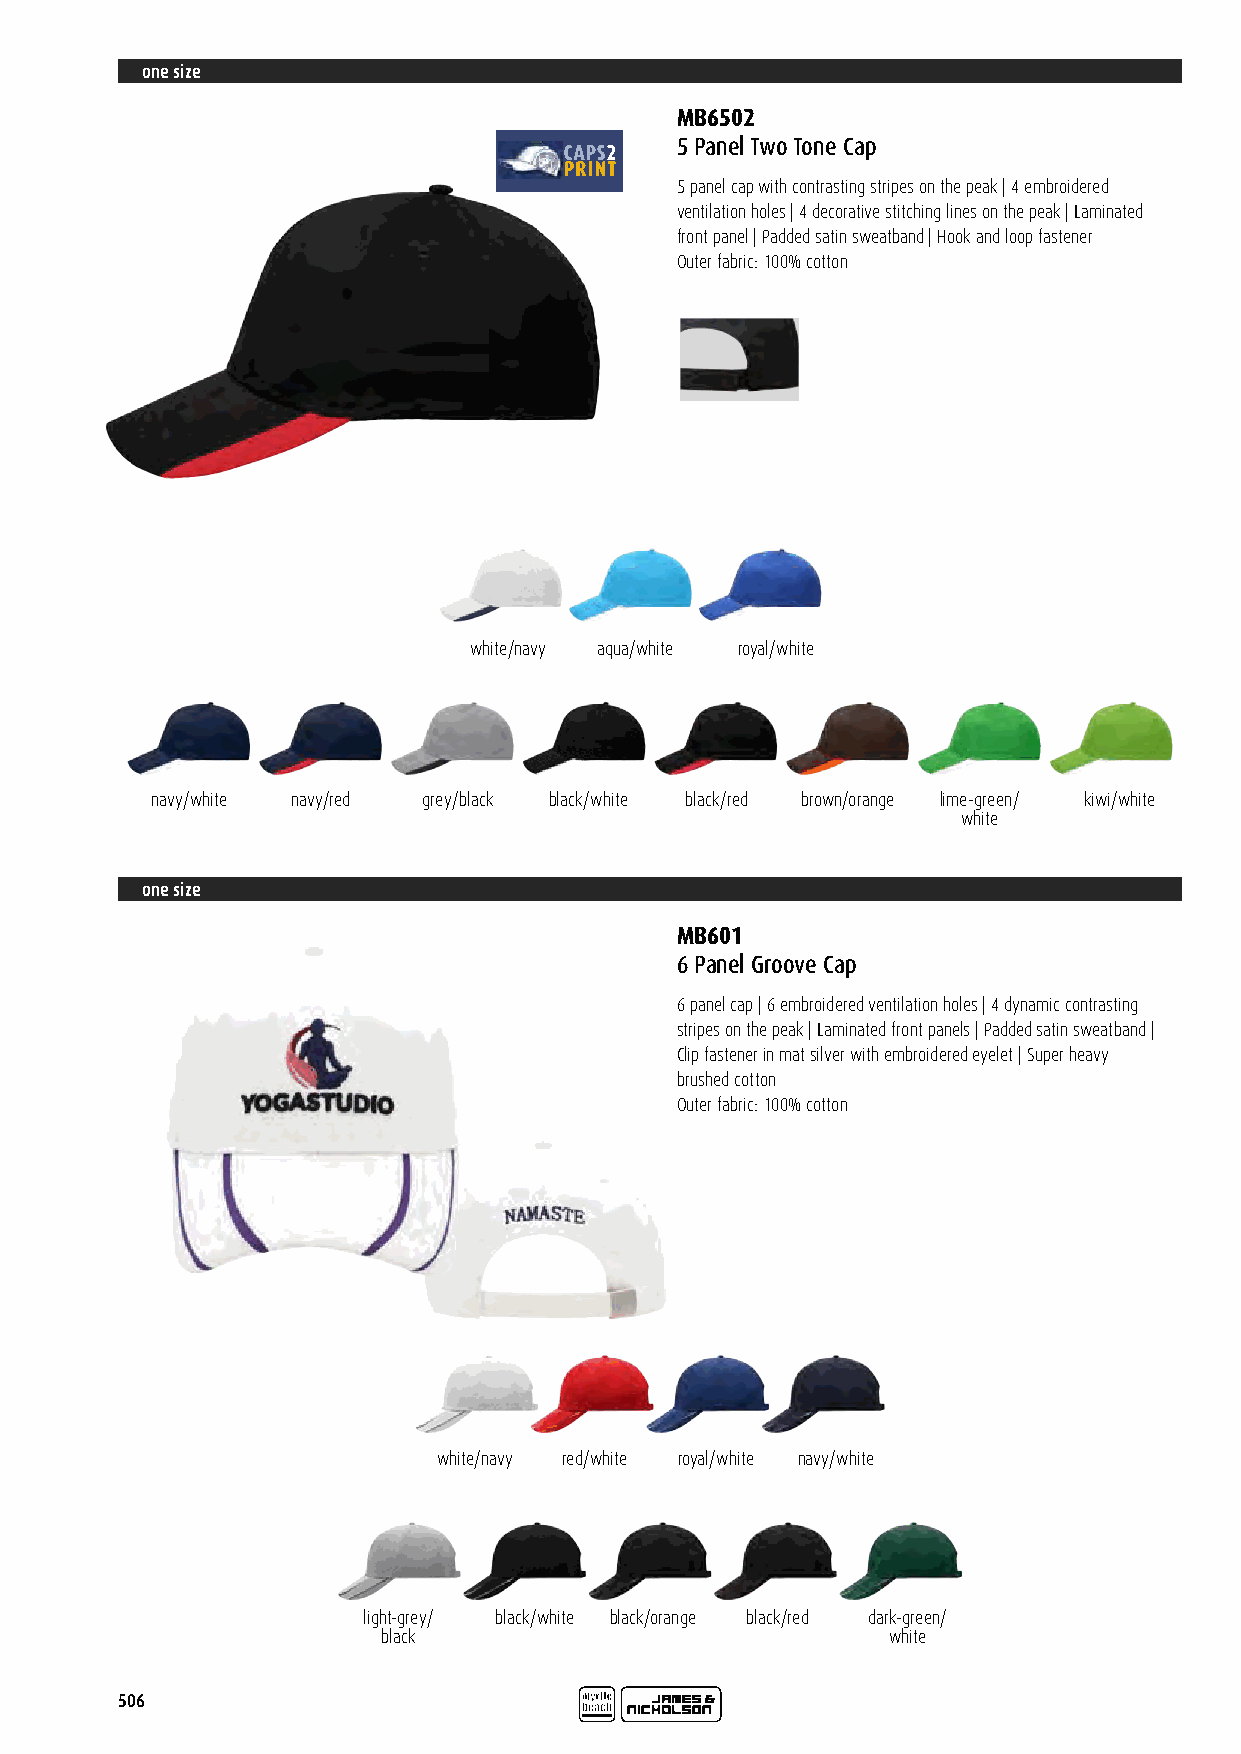
one size
 MB6502
 5 Panel Two Tone Cap
 5 panel cap with contrasting stripes on the peak | 4 embroidered
 ventilation holes | 4 decorative stitching lines on the peak | Laminated
 front panel | Padded satin sweatband | Hook and loop fastener
 Outer fabric: 100% cotton
 white/navy aqua/white royal/white
 navy/white navy/red grey/black black/white black/red brown/orange lime-green/ kiwi/white
 white
 one size
 MB601
 6 Panel Groove Cap
 6 panel cap | 6 embroidered ventilation holes | 4 dynamic contrasting
 stripes on the peak | Laminated front panels | Padded satin sweatband |
 Clip fastener in mat silver with embroidered eyelet | Super heavy
 brushed cotton
 Outer fabric: 100% cotton
 white/navy red/white royal/white navy/white
 light-grey/ black/white black/orange black/red dark-green/
 black                             white
 506